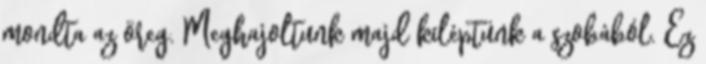
mondta az öreg. Meghajoltunk majd kiléptünk a szobából. Ez